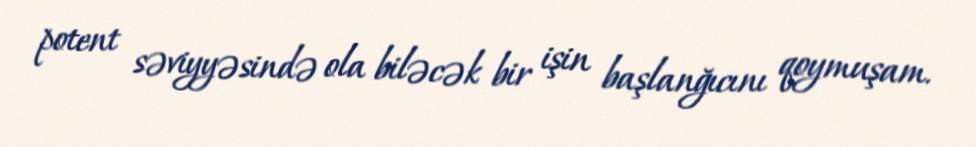
potent səviyyəsində ola biləcək bir işin başlanğıcını qoymuşam.